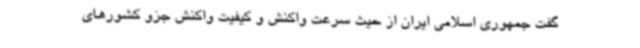
گفت جمهوری اسلامی ایران از حیث سرعت واکنش و کیفیت واکنش جزو کشورهای